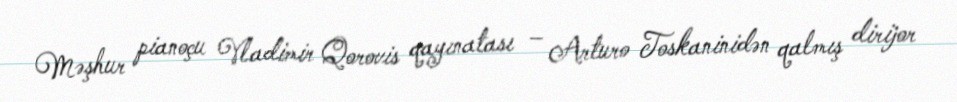
Məşhur pianoçu Vladimir Qorovis qayınatası – Arturo Toskaninidən qalmış dirijor